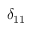
\delta _ { 1 1 }